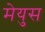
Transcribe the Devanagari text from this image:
मेयुस